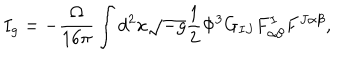
I _ { g } = - \frac { \Omega } { 1 6 \pi } \int d ^ { 2 } x \sqrt { - g } \frac { 1 } { 2 } \Phi ^ { 3 } G _ { I J } F _ { \alpha \beta } ^ { I } F ^ { J \alpha \beta } ,